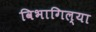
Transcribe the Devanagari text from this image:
विभागिल्या